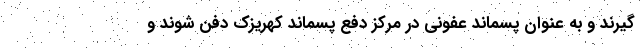
گیرند و به عنوان پسماند عفونی در مرکز دفع پسماند کهریزک دفن شوند و